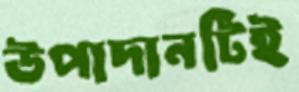
উপাদানটিই